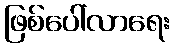
ဖြစ်ပေါ်လာရေး